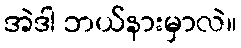
အဲဒါ ဘယ်နားမှာလဲ။